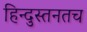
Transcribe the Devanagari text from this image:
हिन्दुस्तनतच